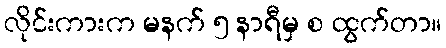
လိုင်းကားက မနက် ၅ နာရီမှ စ ထွက်တာ။